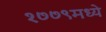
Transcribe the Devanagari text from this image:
१७७९मध्ये